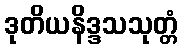
ဒုတိယနိဒ္ဒသသုတ္တံ